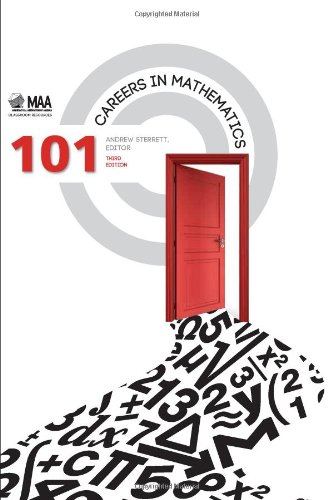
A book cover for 101 Careers in Mathematics - Third Edition (Classroom Resource Materials); Andrew Sterrett; Science & Math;